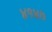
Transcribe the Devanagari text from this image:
४१४७